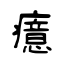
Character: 癔